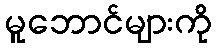
မူဘောင်များကို